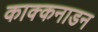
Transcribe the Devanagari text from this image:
काक्कनाडन